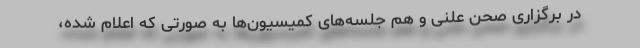
در برگزاری صحن علنی و هم جلسه‌های کمیسیون‌ها به صورتی که اعلام شده،